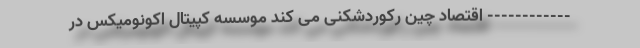
------------ اقتصاد چین رکوردشکنی می کند موسسه کپیتال اکونومیکس در